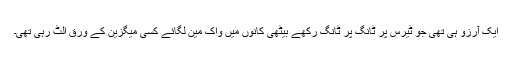
ایک آرزو ہی تھی جو ٹیرس پر ٹانگ پر ٹانگ رکھے بیٹھی کانوں میں واک مین لگائے کسی میگزین کے ورق الٹ رہی تھی۔